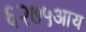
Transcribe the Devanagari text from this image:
६२७५आय